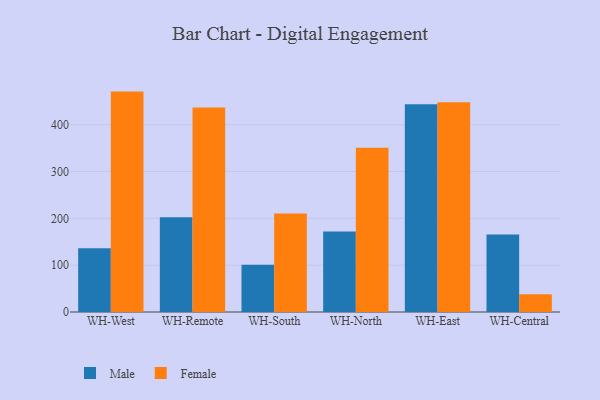
{"axis": {"x": "Warehouse", "y": "Budget (USD K)"}, "legend": ["Female", "Male"], "data": [{"x": "WH-West", "y": 136.0, "type": "Male"}, {"x": "WH-West", "y": 470.8, "type": "Female"}, {"x": "WH-Remote", "y": 202.5, "type": "Male"}, {"x": "WH-Remote", "y": 436.9, "type": "Female"}, {"x": "WH-South", "y": 100.9, "type": "Male"}, {"x": "WH-South", "y": 210.4, "type": "Female"}, {"x": "WH-North", "y": 172.0, "type": "Male"}, {"x": "WH-North", "y": 350.9, "type": "Female"}, {"x": "WH-East", "y": 444.0, "type": "Male"}, {"x": "WH-East", "y": 448.1, "type": "Female"}, {"x": "WH-Central", "y": 165.5, "type": "Male"}, {"x": "WH-Central", "y": 38.0, "type": "Female"}]}